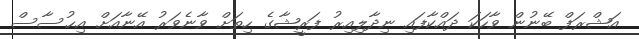
އަޝްރަފް ބޭނުން ވާހަކަ ދައްކާފައި ނިދާލިއިރު ފަރީޝާގެ ހިތަށް ވާނެވަރު އޭނާއަށް އިޙުސާސް